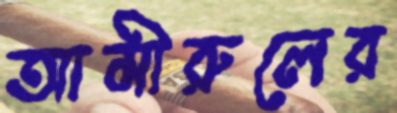
আমীরুলের